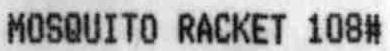
MOSQUITO RACKET 108#